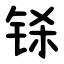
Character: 铩